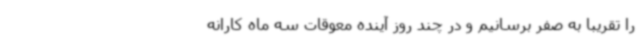
را تقریبا به صفر برسانیم و در چند روز آینده معوقات سه ماه کارانه